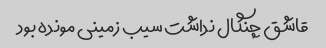
قاشق چنگال نداشت سیب زمینی مونده بود